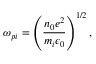
\omega _ { p i } = \left( \frac { n _ { 0 } e ^ { 2 } } { m _ { i } \epsilon _ { 0 } } \right) ^ { 1 / 2 } ,